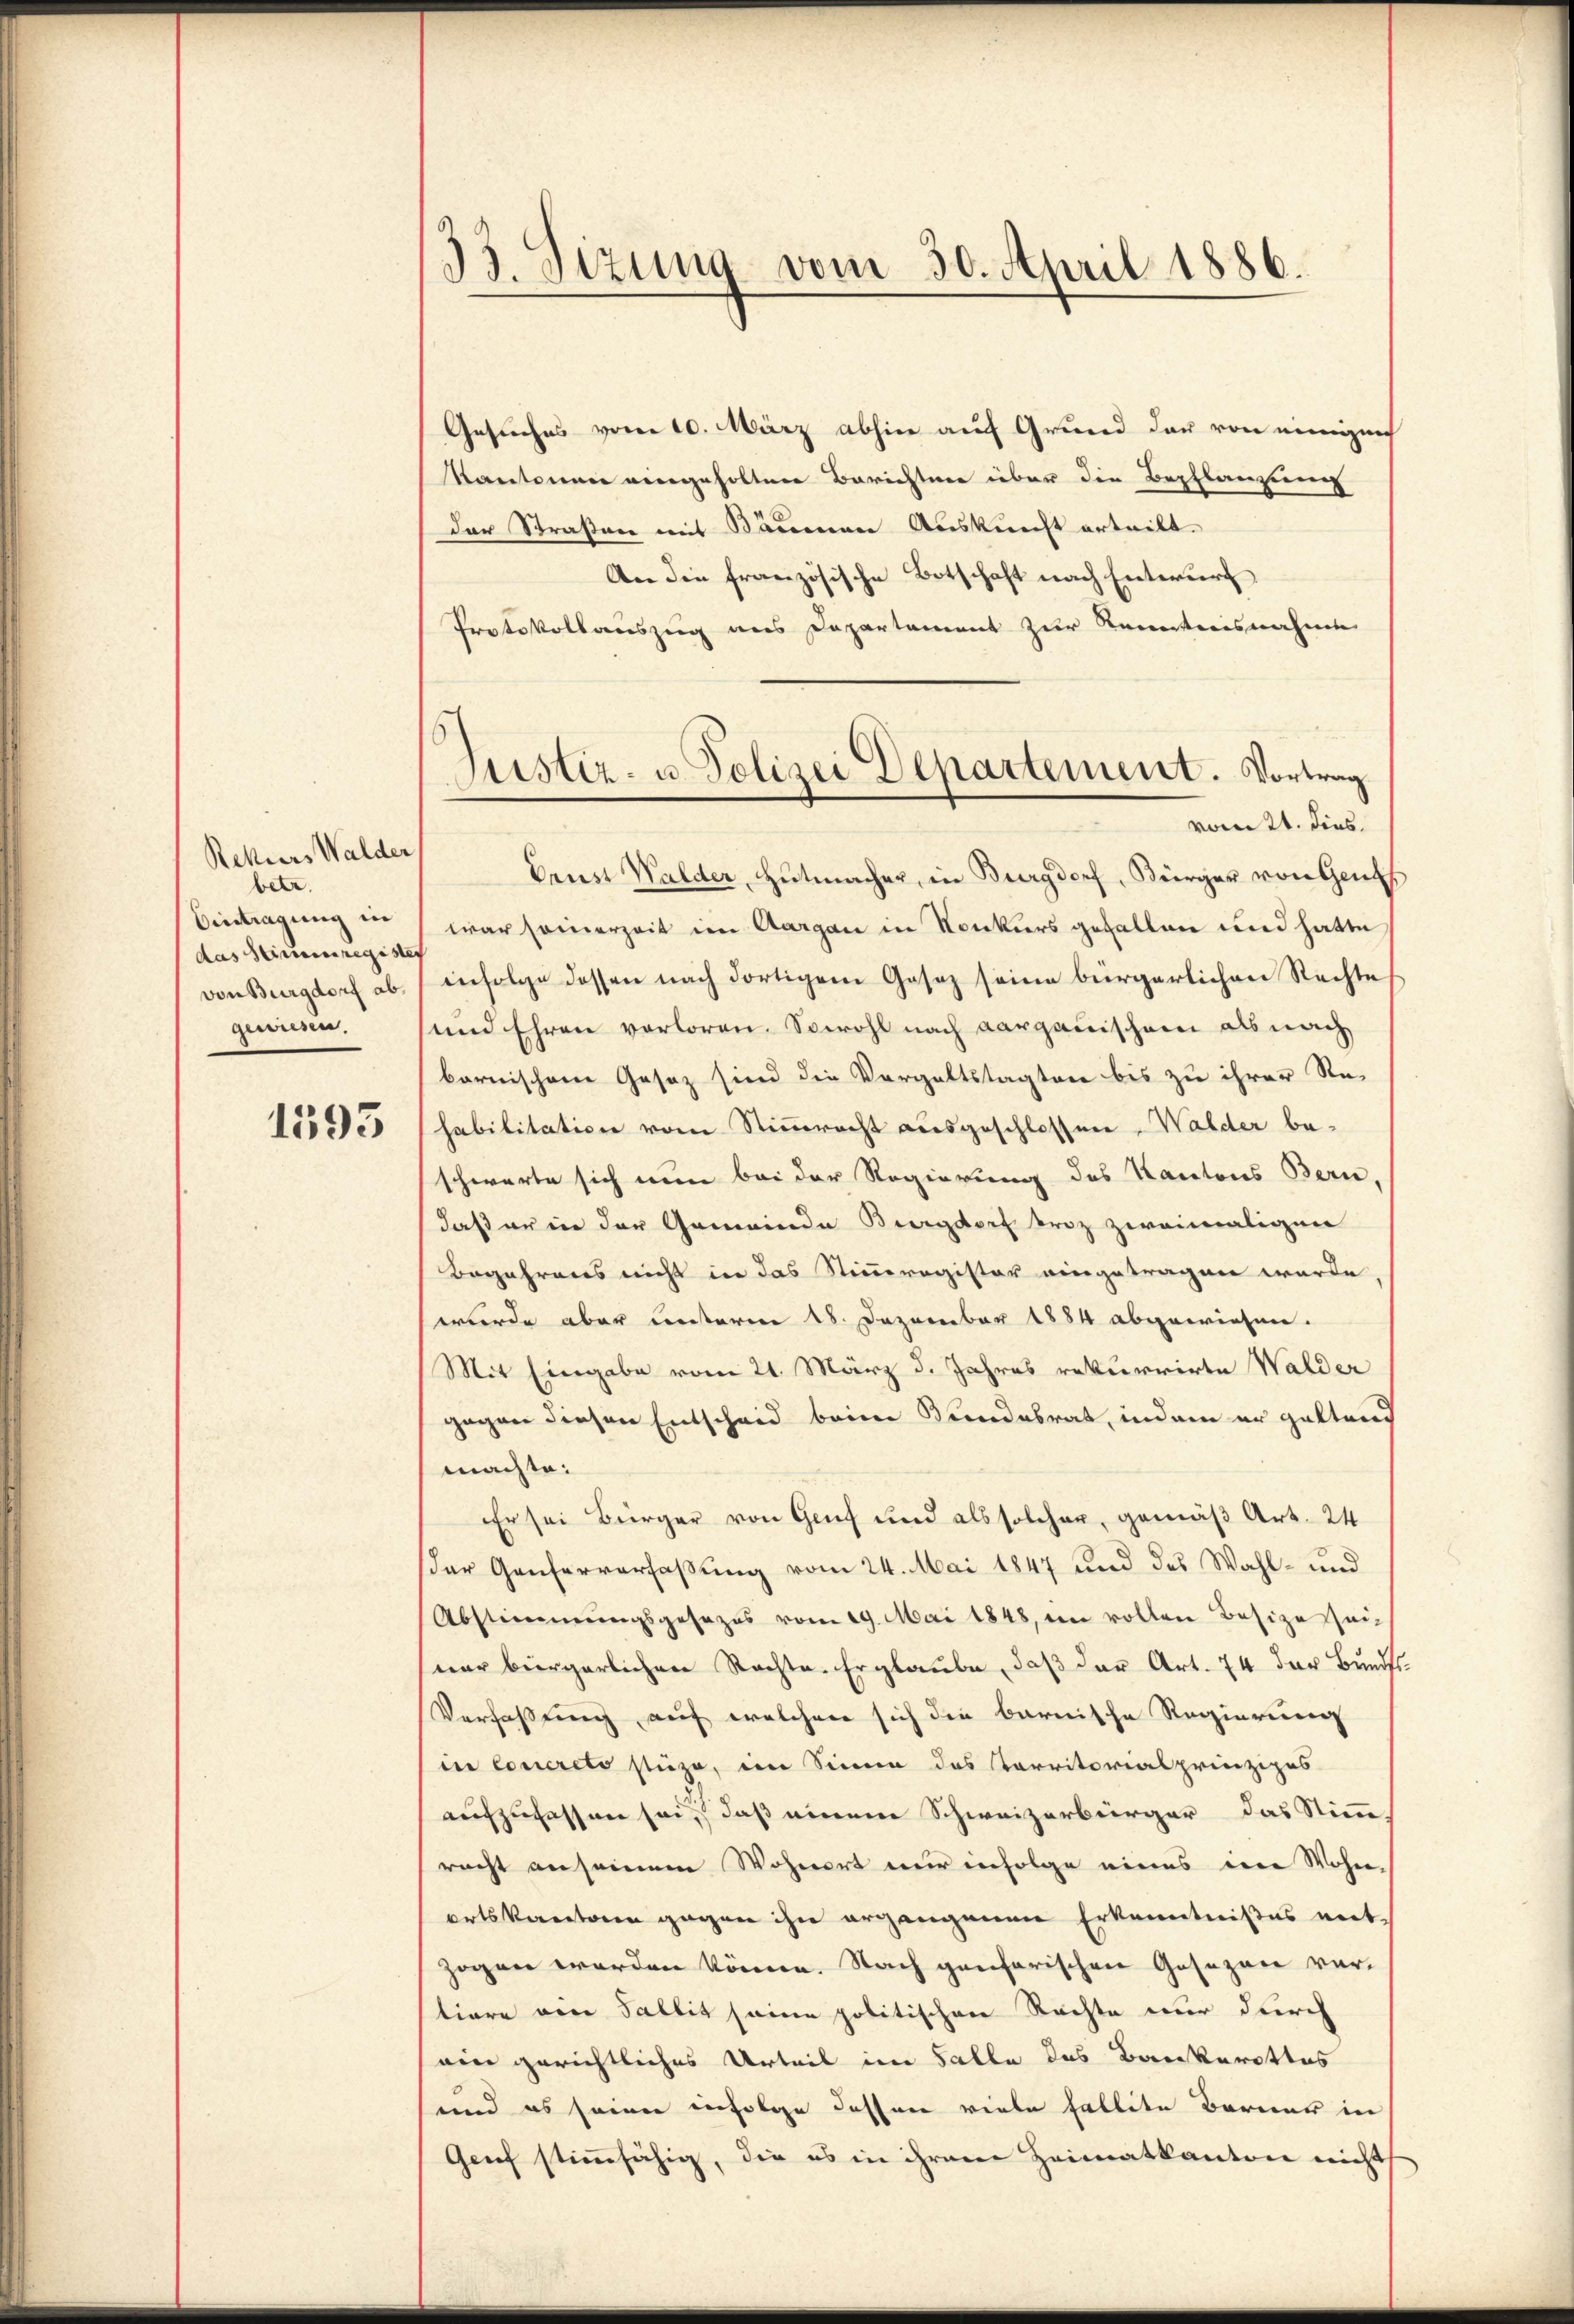
Retteres Walder
betr.
Eintragung in
das Stimmregister
von Burgdorf ab.
ginnen.

1595

33. Sizung vom 30. April 1886.

Gesuches vom 10. März abhin auf Grund der von eingen
Kantone eingeholtene Berichten über die Bepflanzung
der Straßen mit Säumen Auskunft erteilt.
An die französische Botschaft nach Entwurf
Protokollauszug aus Departement zur Kenntnisnahme
Crust Walder, Hŭtmacher, in Burgdorf, Bürger von Gen
war seinerzeit im Aargau in Konkurs gefallen und hatte
infolge dessen nach dortigem Gesez seine bürgerlichen Rechte
und Ehren verloren. Sowohl nach Aargauischein als nach
barnischene Gesaz sind die Vergaltstagten bis zu ihrer Re-
habilitation vom Stimmrecht ausgeschlossen, Walder be-
schwerte sich nun bei der Regierung des Kantons Bern,
daß er in der Gemeinde Burgdorf broz zweimaligen
Begehrens nicht in das Stimmregister eingetragen wurde
wurde aber unterm 18. Dezember 1884 abgewiesen.
Mit Eingabe vom 21. März d. Jahres rekurrirte Walder
gegen diesen Entscheid beim Bundebrat, indem er galtend
machte:
Er sei Bürger von Genf und als solcher, gemäß Art. 24
der Genferverfaßung vom 24. Mai 1847 und das Wahl- und
Abstimmungsgesezes vom 29. Mai 1848, in vollen Besize seiner bürgerlichen Rechte. Er glaube, daß der Art. 74 der Bundes-
Verfaßung auf welchen sich die barnische Regierung
in concreto stüze, im Sinne das Karritorialprinzipes
aufzufassen sei, daß einem Schweizerbürger das Stimm
racht anseinem Wohnert nur infolge eines die Wohn-
orts kantonen gegen ihn ergangenen Erkenntnißes mit
zogen werden könne. Nach genfarischen Gesezen vor-
tiore von Fallit seine politischen Rechte nur durch
ein gerichtliches Urteil im Falle des Bankerottos
und es seiner infolge dessen viele fallite Berner in
Geif stimmfähig, die es in ihrem Heimatkanton nicht

Justiz- u. Polizei Departement. Vortrag
vom 24. dies.